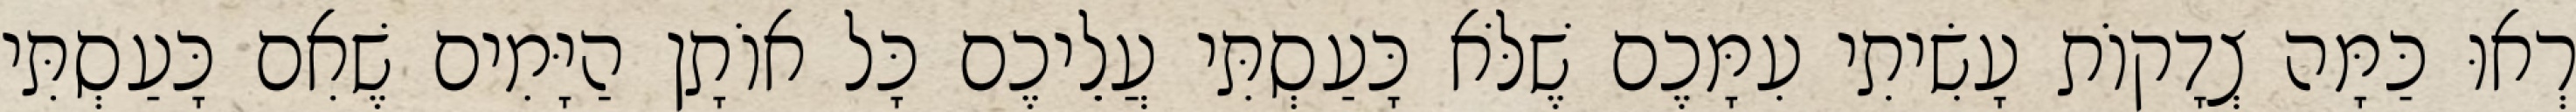
רְאוּ כַּמָּה צְדָקוֹת עָשִׂיתִי עִמָּכֶם שֶׁלֹּא כָּעַסְתִּי עֲלֵיכֶם כָּל אוֹתָן הַיָּמִים שֶׁאִם כָּעַסְתִּי